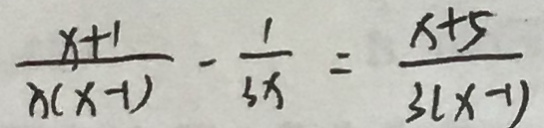
\frac { x + 1 } { x ( x - 1 ) } - \frac { 1 } { 3 x } = \frac { x + 5 } { 3 ( x - 1 ) }